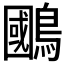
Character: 𫛐